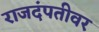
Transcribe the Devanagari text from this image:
राजदंपतीवर